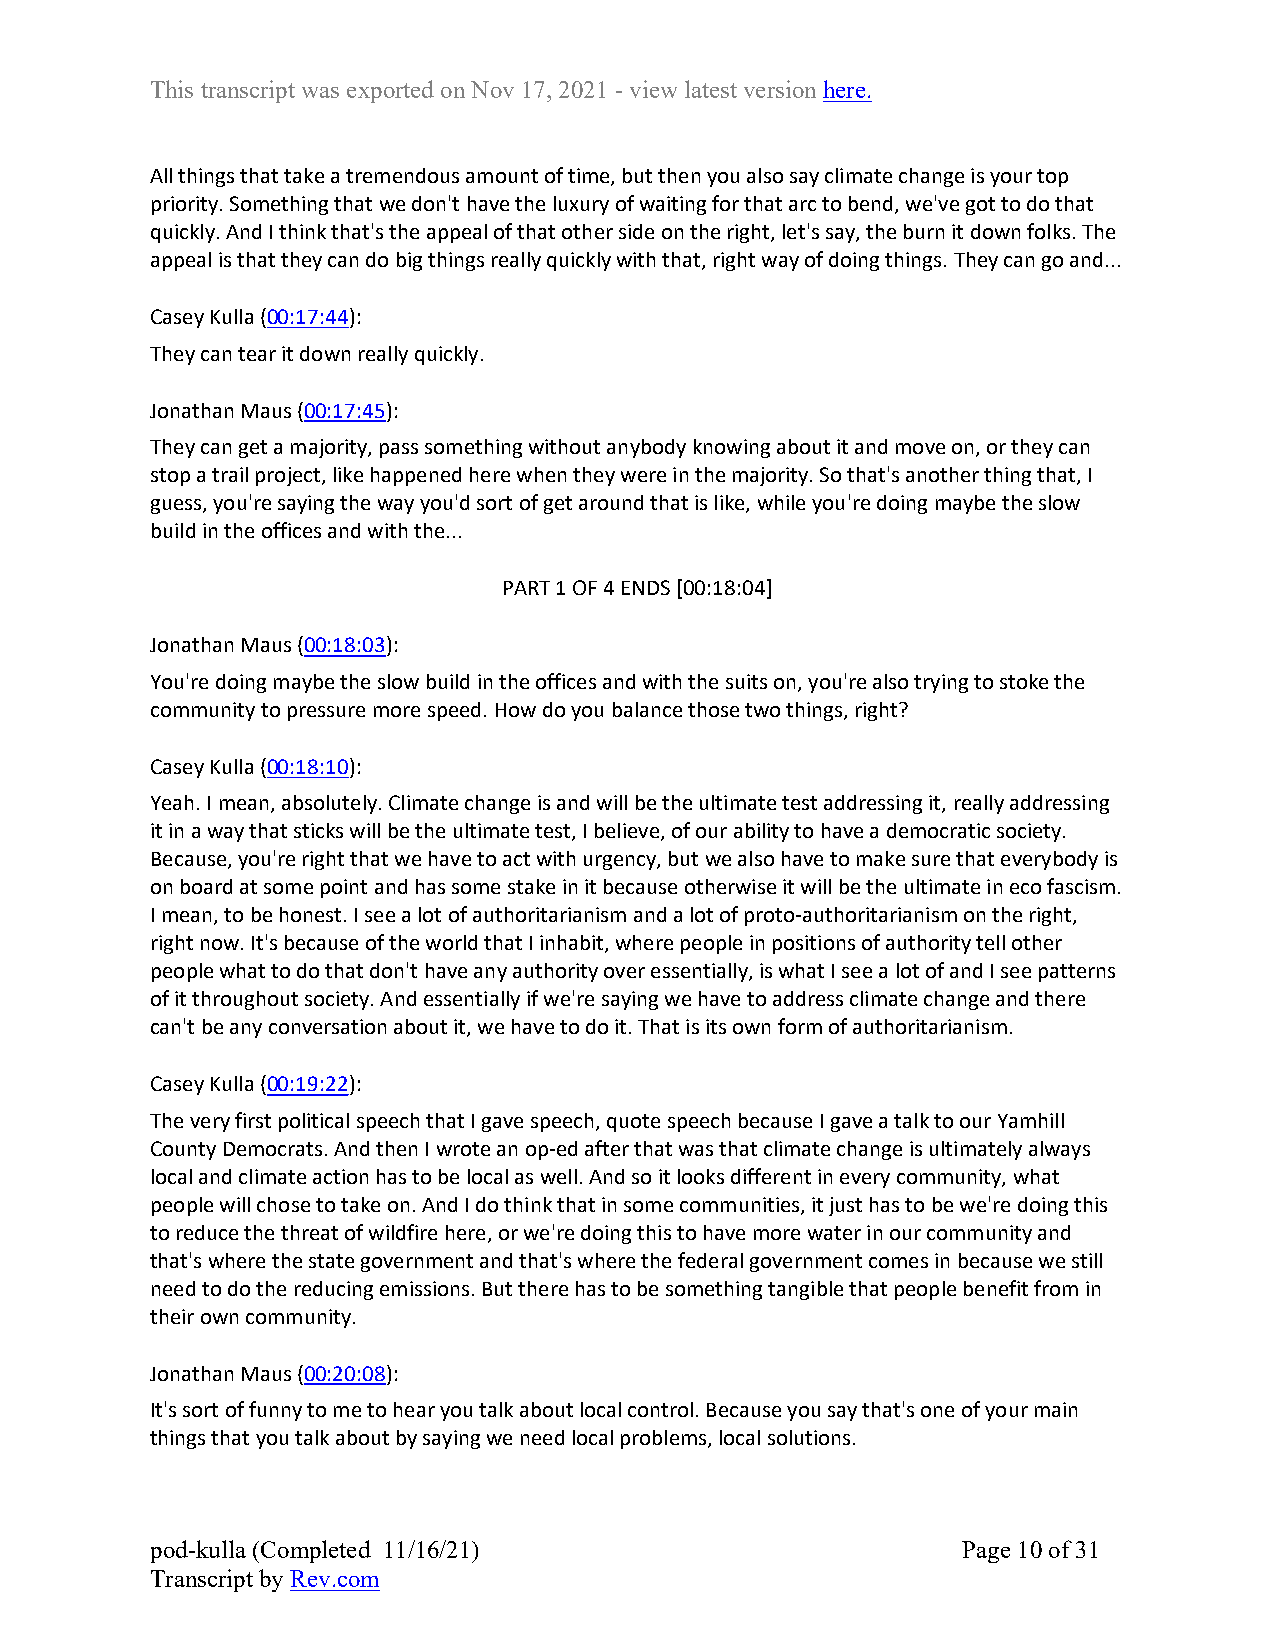
This transcript was exported on Nov 17, 2021 - view latest version here.
 All things that take a tremendous amount of time, but then you also say climate change is your top
 priority. Something that we don't have the luxury of waiting for that arc to bend, we've got to do that
 quickly. And I think that's the appeal of that other side on the right, let's say, the burn it down folks. The
 appeal is that they can do big things really quickly with that, right way of doing things. They can go and...
 Casey Kulla (00:17:44):
 They can tear it down really quickly.
 Jonathan Maus (00:17:45):
 They can get a majority, pass something without anybody knowing about it and move on, or they can
 stop a trail project, like happened here when they were in the majority. So that's another thing that, I
 guess, you're saying the way you'd sort of get around that is like, while you're doing maybe the slow
 build in the offices and with the...
 PART 1 OF 4 ENDS [00:18:04]
 Jonathan Maus (00:18:03):
 You're doing maybe the slow build in the offices and with the suits on, you're also trying to stoke the
 community to pressure more speed. How do you balance those two things, right?
 Casey Kulla (00:18:10):
 Yeah. I mean, absolutely. Climate change is and will be the ultimate test addressing it, really addressing
 it in a way that sticks will be the ultimate test, I believe, of our ability to have a democratic society.
 Because, you're right that we have to act with urgency, but we also have to make sure that everybody is
 on board at some point and has some stake in it because otherwise it will be the ultimate in eco fascism.
 I mean, to be honest. I see a lot of authoritarianism and a lot of proto-authoritarianism on the right,
 right now. It's because of the world that I inhabit, where people in positions of authority tell other
 people what to do that don't have any authority over essentially, is what I see a lot of and I see patterns
 of it throughout society. And essentially if we're saying we have to address climate change and there
 can't be any conversation about it, we have to do it. That is its own form of authoritarianism.
 Casey Kulla (00:19:22):
 The very first political speech that I gave speech, quote speech because I gave a talk to our Yamhill
 County Democrats. And then I wrote an op-ed after that was that climate change is ultimately always
 local and climate action has to be local as well. And so it looks different in every community, what
 people will chose to take on. And I do think that in some communities, it just has to be we're doing this
 to reduce the threat of wildfire here, or we're doing this to have more water in our community and
 that's where the state government and that's where the federal government comes in because we still
 need to do the reducing emissions. But there has to be something tangible that people benefit from in
 their own community.
 Jonathan Maus (00:20:08):
 It's sort of funny to me to hear you talk about local control. Because you say that's one of your main
 things that you talk about by saying we need local problems, local solutions.
 pod-kulla (Completed 11/16/21)                        Page 10 of 31
 Transcript by Rev.com